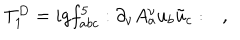
LaTeX: T _ { 1 } ^ { D } = i g f _ { a b c } ^ { 5 } : \partial _ { \nu } A _ { a } ^ { \nu } u _ { b } \tilde { u } _ { c } : \quad ,